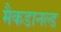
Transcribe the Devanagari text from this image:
मैकडानल्ड